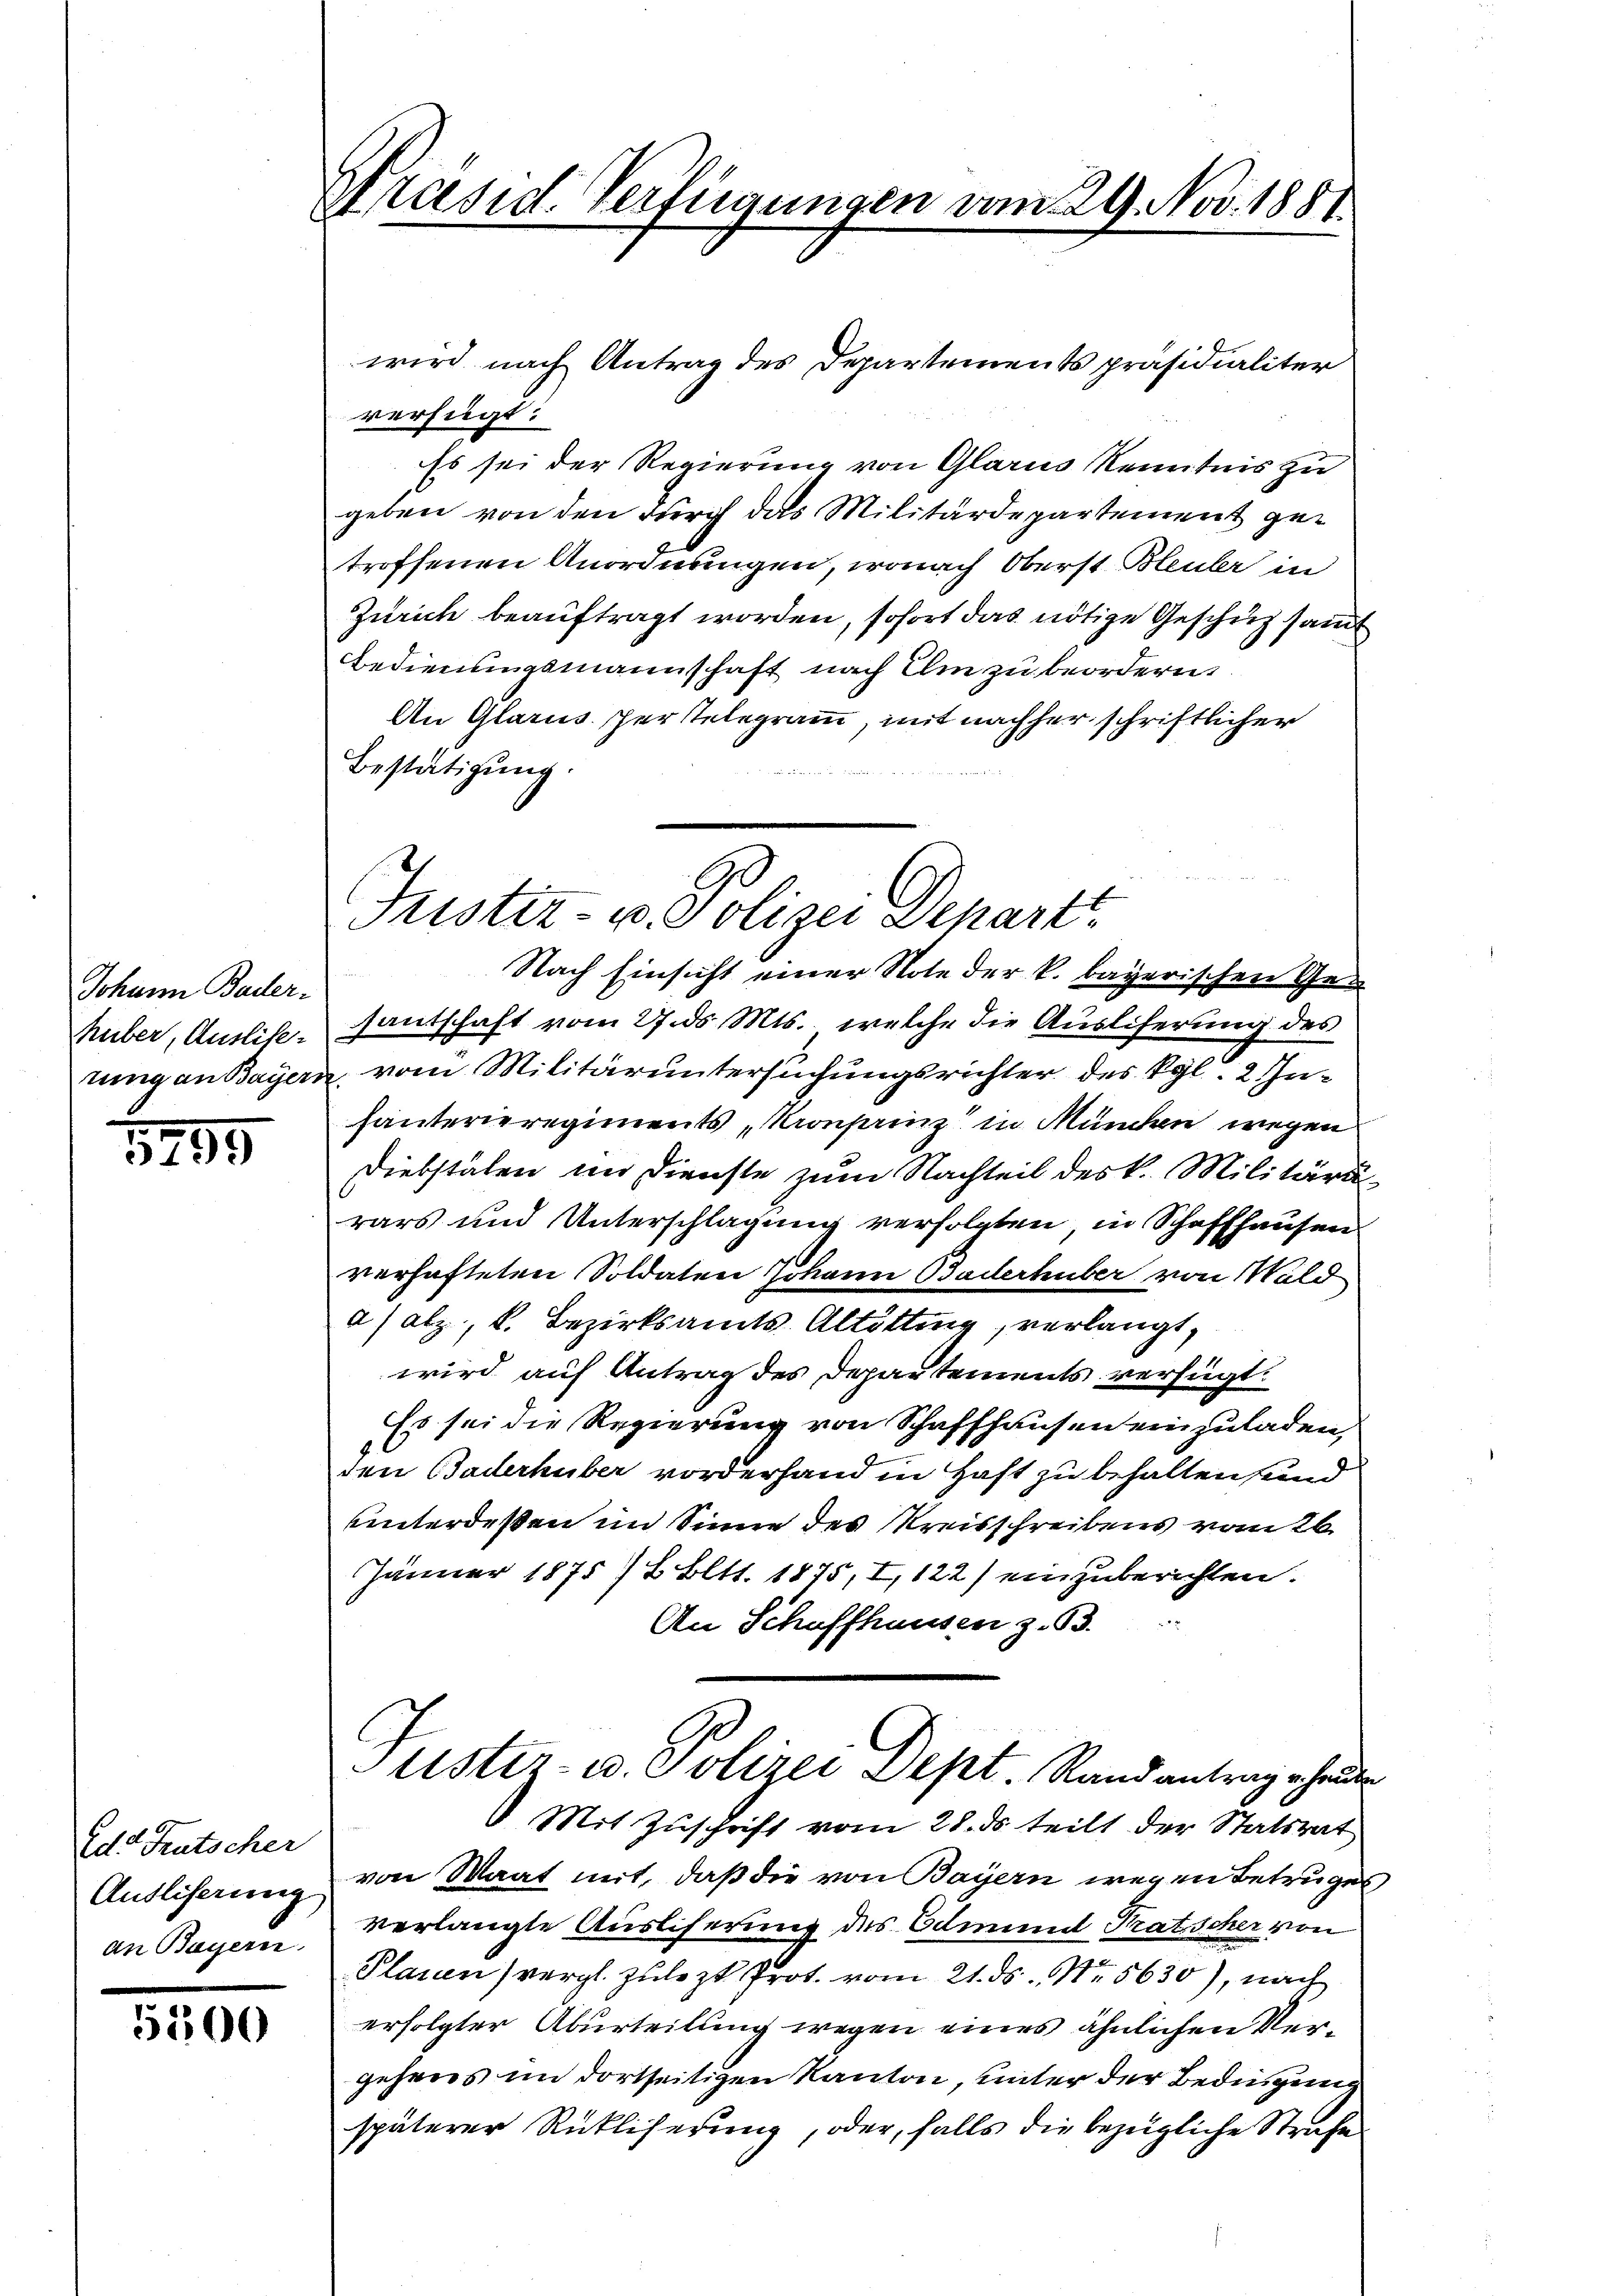
Johann Bader-

3795

Ed. Kutscher
an Bayern.

5500

Präsid. Verfügungen vom 29. Nov. 1881

Justiz- u. Polizei Depart

wird nach Antrag des Departements präsidialiter
verfügt:
Es sei der Regierung von Glarus Kenntnis zu
geben von den durch das Militärdepartement getroffenen Anordnungen, wonach Oberst Bleuler in
Zürich beauftragt worden, sofort das nötige Geschüz samt
Bedienungsmannschaft nach Ihm zu beordern
An Glarus per telegramm, mit nachher schriftlicher
Bestätigung.
Nach Einsicht einer Note der k. bayerischen Gehuber, Auslise, santschaft vom 27. ds Mts., welche die Ausliferung des
rung an Bayern, vom Militäruntersuchungsrichter des Kgl. 2. Inhanterieregiments, Monsiz in München wegen
Diebstälen im Dienste zum Nachteil des k. Militärdirars und Unterschlagung verfolgten, in Schaffhausen
verhafteten Soldaten Johann Baderhüber von Wald
a/alz, k. Bezirksamts Altötting, verlangt,
wird auf Antrag des Departements verfügt.
Es sei die Regierung von Schaffhausen einzuladen,
den Baderhüber vorderhand in Haft zu behalten sind
unterdeßen im Sinne des Kreisschreibens vom 26.
Jänner 1875 /2 lit. 1875, I, 122) einzuberichten.

An Schaffhausen z. B.
Justiz- u. Polizei Dept. Rand antrag erhander
Mit Zuschrift vom 28. ds. teilt der Statsrat
Ansliserung von Staat mit, daß die von Bayern wegen Betruges
verlangte Ausliserung des Odmund Pratscher von
Plasien vergl. Zulezt Prot. vom 21. ds. No. 5630), nach
erfolgter Aburteilung wegen eines ähnlichen Vergehens im dortseitigen Kanton, unter der Bedingung
späterer Rücklicherung, oder, falls die bezügliche Strafe